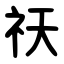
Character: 祆